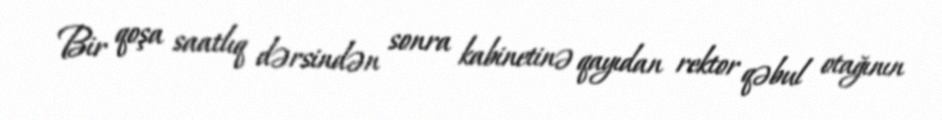
Bir qoşa saatlıq dərsindən sonra kabinetinə qayıdan rektor qəbul otağının